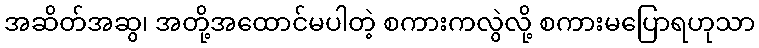
အဆိတ်အဆွ၊ အတို့အထောင်မပါတဲ့ စကားကလွဲလို့ စကားမပြောရဟုသာ